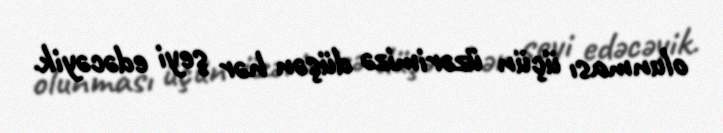
olunması üçün üzərimizə düşən hər şeyi edəcəyik.